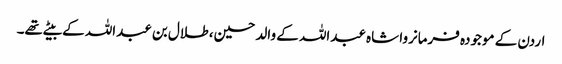
اردن کے موجودہ فرمانروا شاہ عبداللہ کے والد حسین، طلال بن عبداللہ کے بیٹے تھے۔